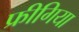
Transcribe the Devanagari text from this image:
फ्रीगिया